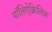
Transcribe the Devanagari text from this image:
पॉलिऐक्रिलिक